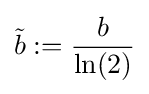
{\tilde {b}}:={\frac {b}{\ln(2)}}